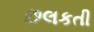
છલકતી